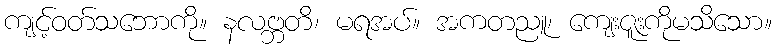
ကျင့်ဝတ်သဘောကို။ နလဗ္ဘတိ၊ မရအပ်။ အကတညူ၊ ကျေးဇူးကိုမသိသော။